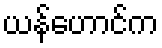
ယန်ဟောင်က